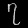
Digit: ၇